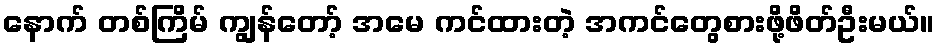
နောက် တစ်ကြိမ် ကျွန်တော့် အမေ ကင်ထားတဲ့ အကင်တွေစားဖို့ဖိတ်ဦးမယ်။